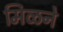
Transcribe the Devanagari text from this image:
मिळने